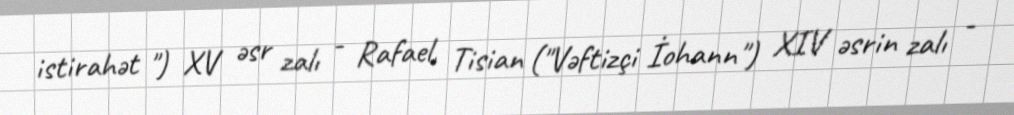
istirahət ") XV əsr zalı - Rafael, Tisian ("Vəftizçi İohann") XIV əsrin zalı -